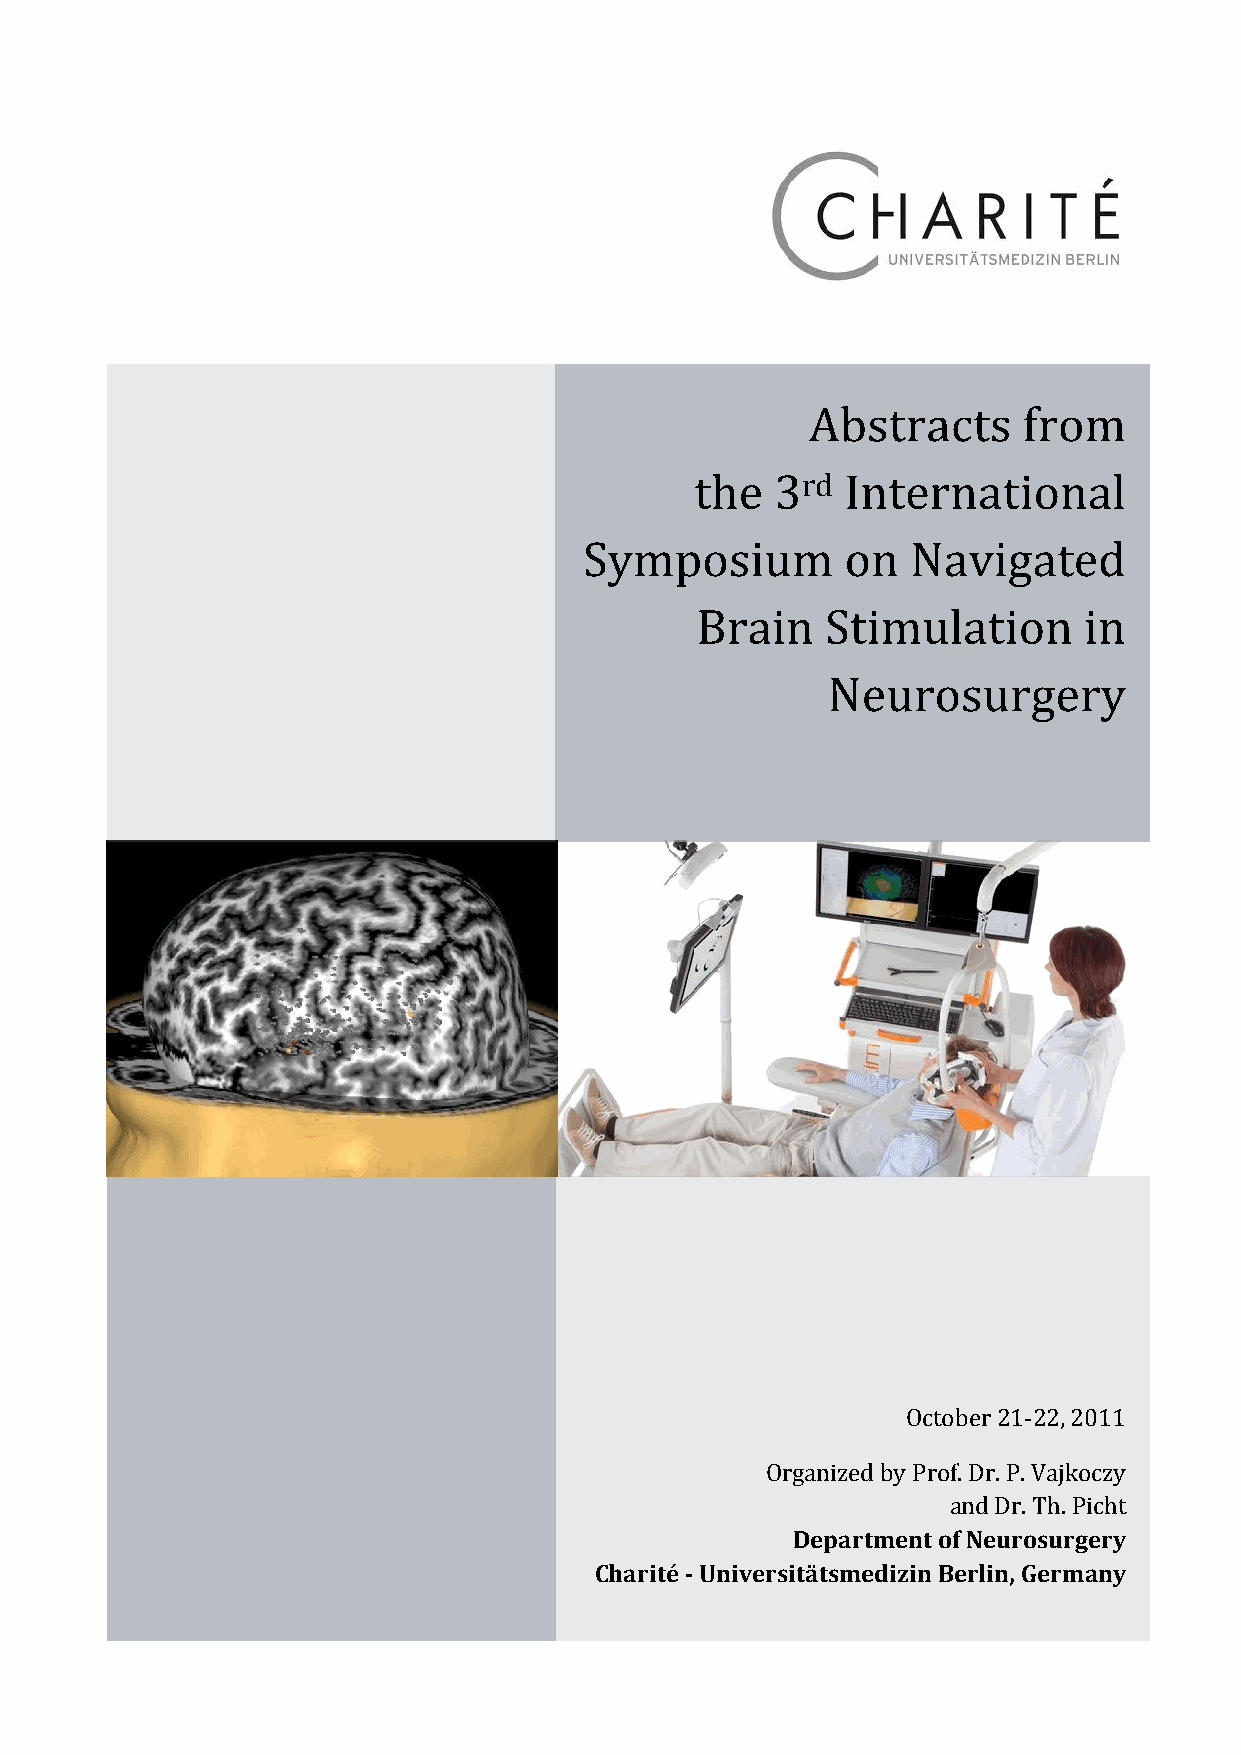
Abstracts     from
 the  3rd  International
 Symposium        on  Navigated
 Brain    Stimulation      in
 Neurosurgery
 October 21-22, 2011
 Organized by Prof. Dr. P. Vajkoczy
 and Dr. Th. Picht
 Department of Neurosurgery
 Charité - Universitätsmedizin Berlin, Germany